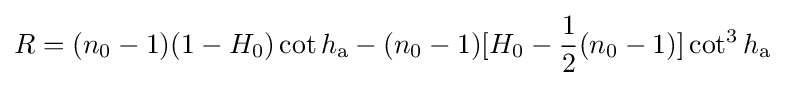
R=(n_{0}-1)(1-H_{0})\cot h_{\mathrm {a} }-(n_{0}-1)[H_{0}-{\frac {1}{2}}(n_{0}-1)]\cot ^{3}h_{\mathrm {a} }